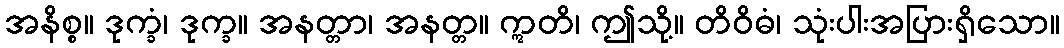
အနိစ္စ။ ဒုက္ခံ၊ ဒုက္ခ။ အနတ္တာ၊ အနတ္တ။ ဣတိ၊ ဤသို့။ တိဝိဓံ၊ သုံးပါးအပြားရှိသော။